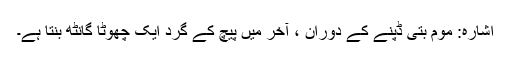
اشارہ: موم بتی ڈپنے کے دوران ، آخر میں پیچ کے گرد ایک چھوٹا گانٹھ بنتا ہے۔